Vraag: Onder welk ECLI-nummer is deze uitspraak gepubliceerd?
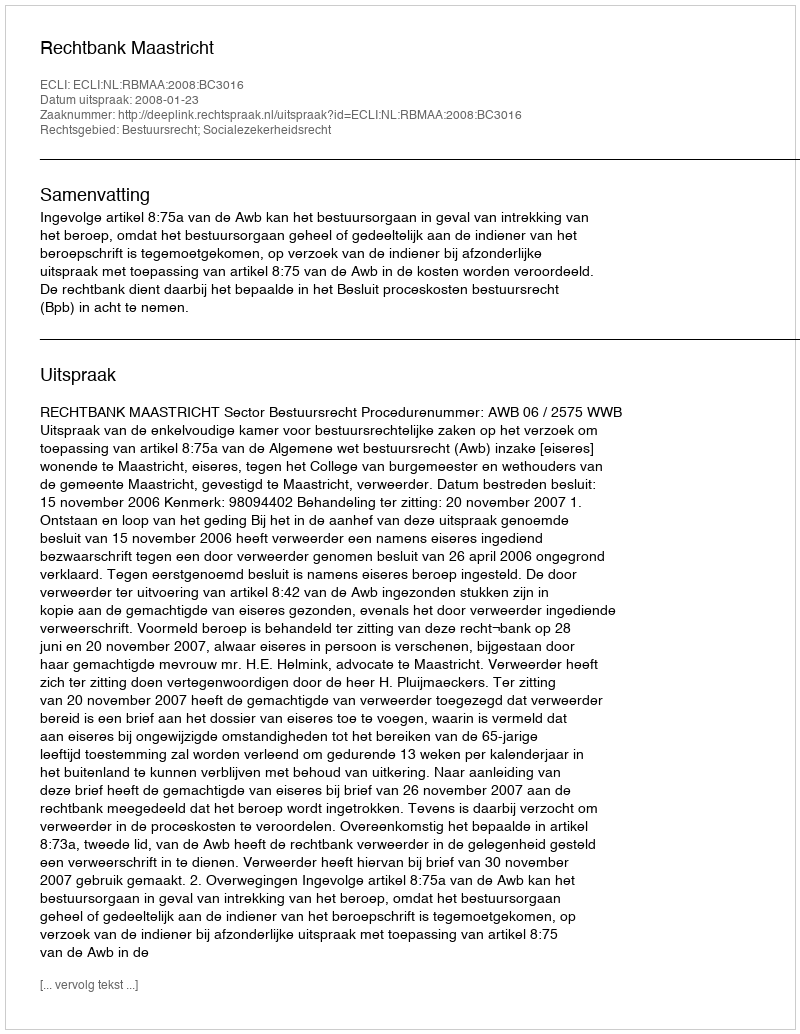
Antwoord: ECLI:NL:RBMAA:2008:BC3016